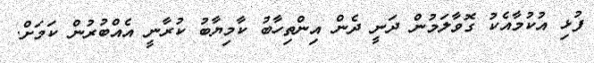
ފުޅި އުކުމާއެކު ގޮވާލަމުން ދަނީ ދެން އިންތިހާބު ކާމިޔާބު ކުރާނީ އެއްބުރުން ކަމަށް.